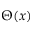
\Theta ( x )